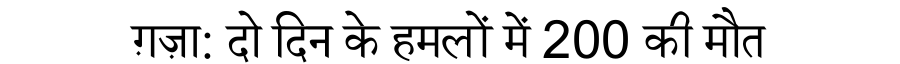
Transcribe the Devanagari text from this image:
ग़ज़ा: दो दिन के हमलों में 200 की मौत